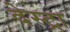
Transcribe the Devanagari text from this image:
देस्ट्रा